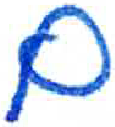
אות: ם